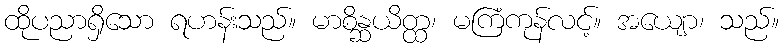
ထိုပညာရှိသော ရဟန်းသည်။ မာစိန္ဆယိတ္ထ၊ မကြံကုန်လင့်။ အယျော၊ သည်။